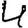
Digit: 4